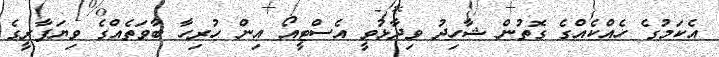
އެކަމުގެ ހެއްކެއްގެ ގޮތުން ޝާހިދު ވިދާޅުވީ އެސްޓީއޯ އިން ހުރިހާ ބާވަތެއްގެ ވިޔަފާރީގެ